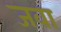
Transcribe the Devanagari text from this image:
जवा